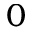
0